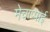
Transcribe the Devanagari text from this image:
मेचाप्पाई